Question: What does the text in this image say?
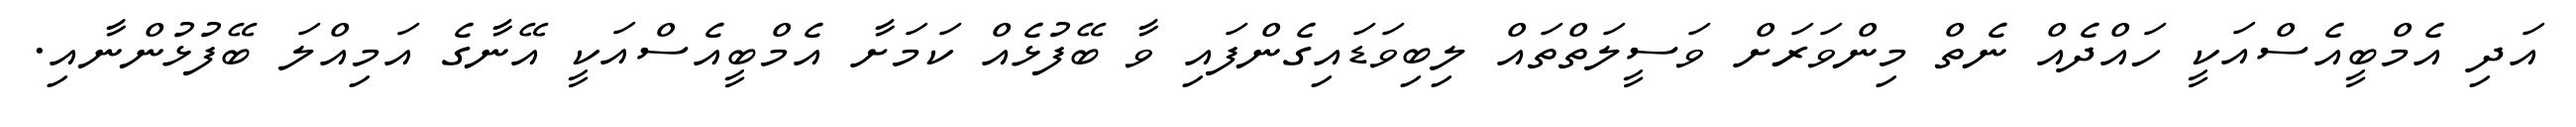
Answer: އަދި އެމްބީއެސްއަކީ ހައްދެއް ނެތް މިންވަރަށް ވަސީލަތްތައް ލިބިވަޑައިގެންފައި ވާ ބޭފުޅެއް ކަމަށާ އެމްބީއެސްއަކީ އޭނާގެ އަމިއްލަ ބޭފުޅުންނާއި.